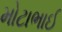
મોટાભાઈ